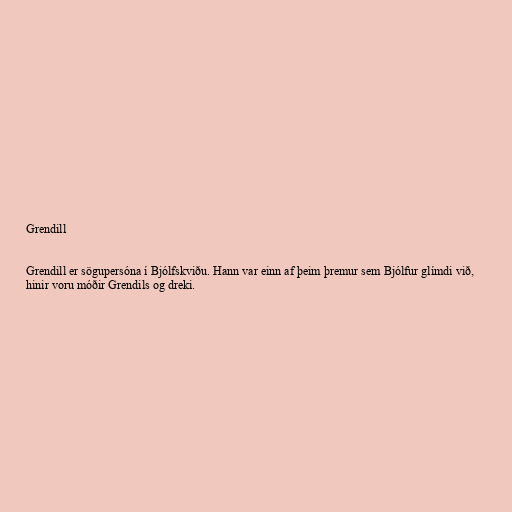
Grendill

Grendill er sögupersóna í Bjólfskviðu. Hann var einn af þeim þremur sem Bjólfur glímdi við,
hinir voru móðir Grendils og dreki.